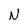
Character: N